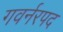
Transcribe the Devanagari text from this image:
गवर्नरपद